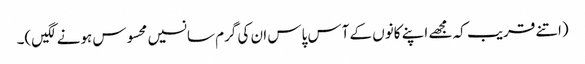
(اتنے قریب کہ مجھے اپنے کانوں کے آس پاس ان کی گرم سانسیں محسوس ہونے لگیں)۔